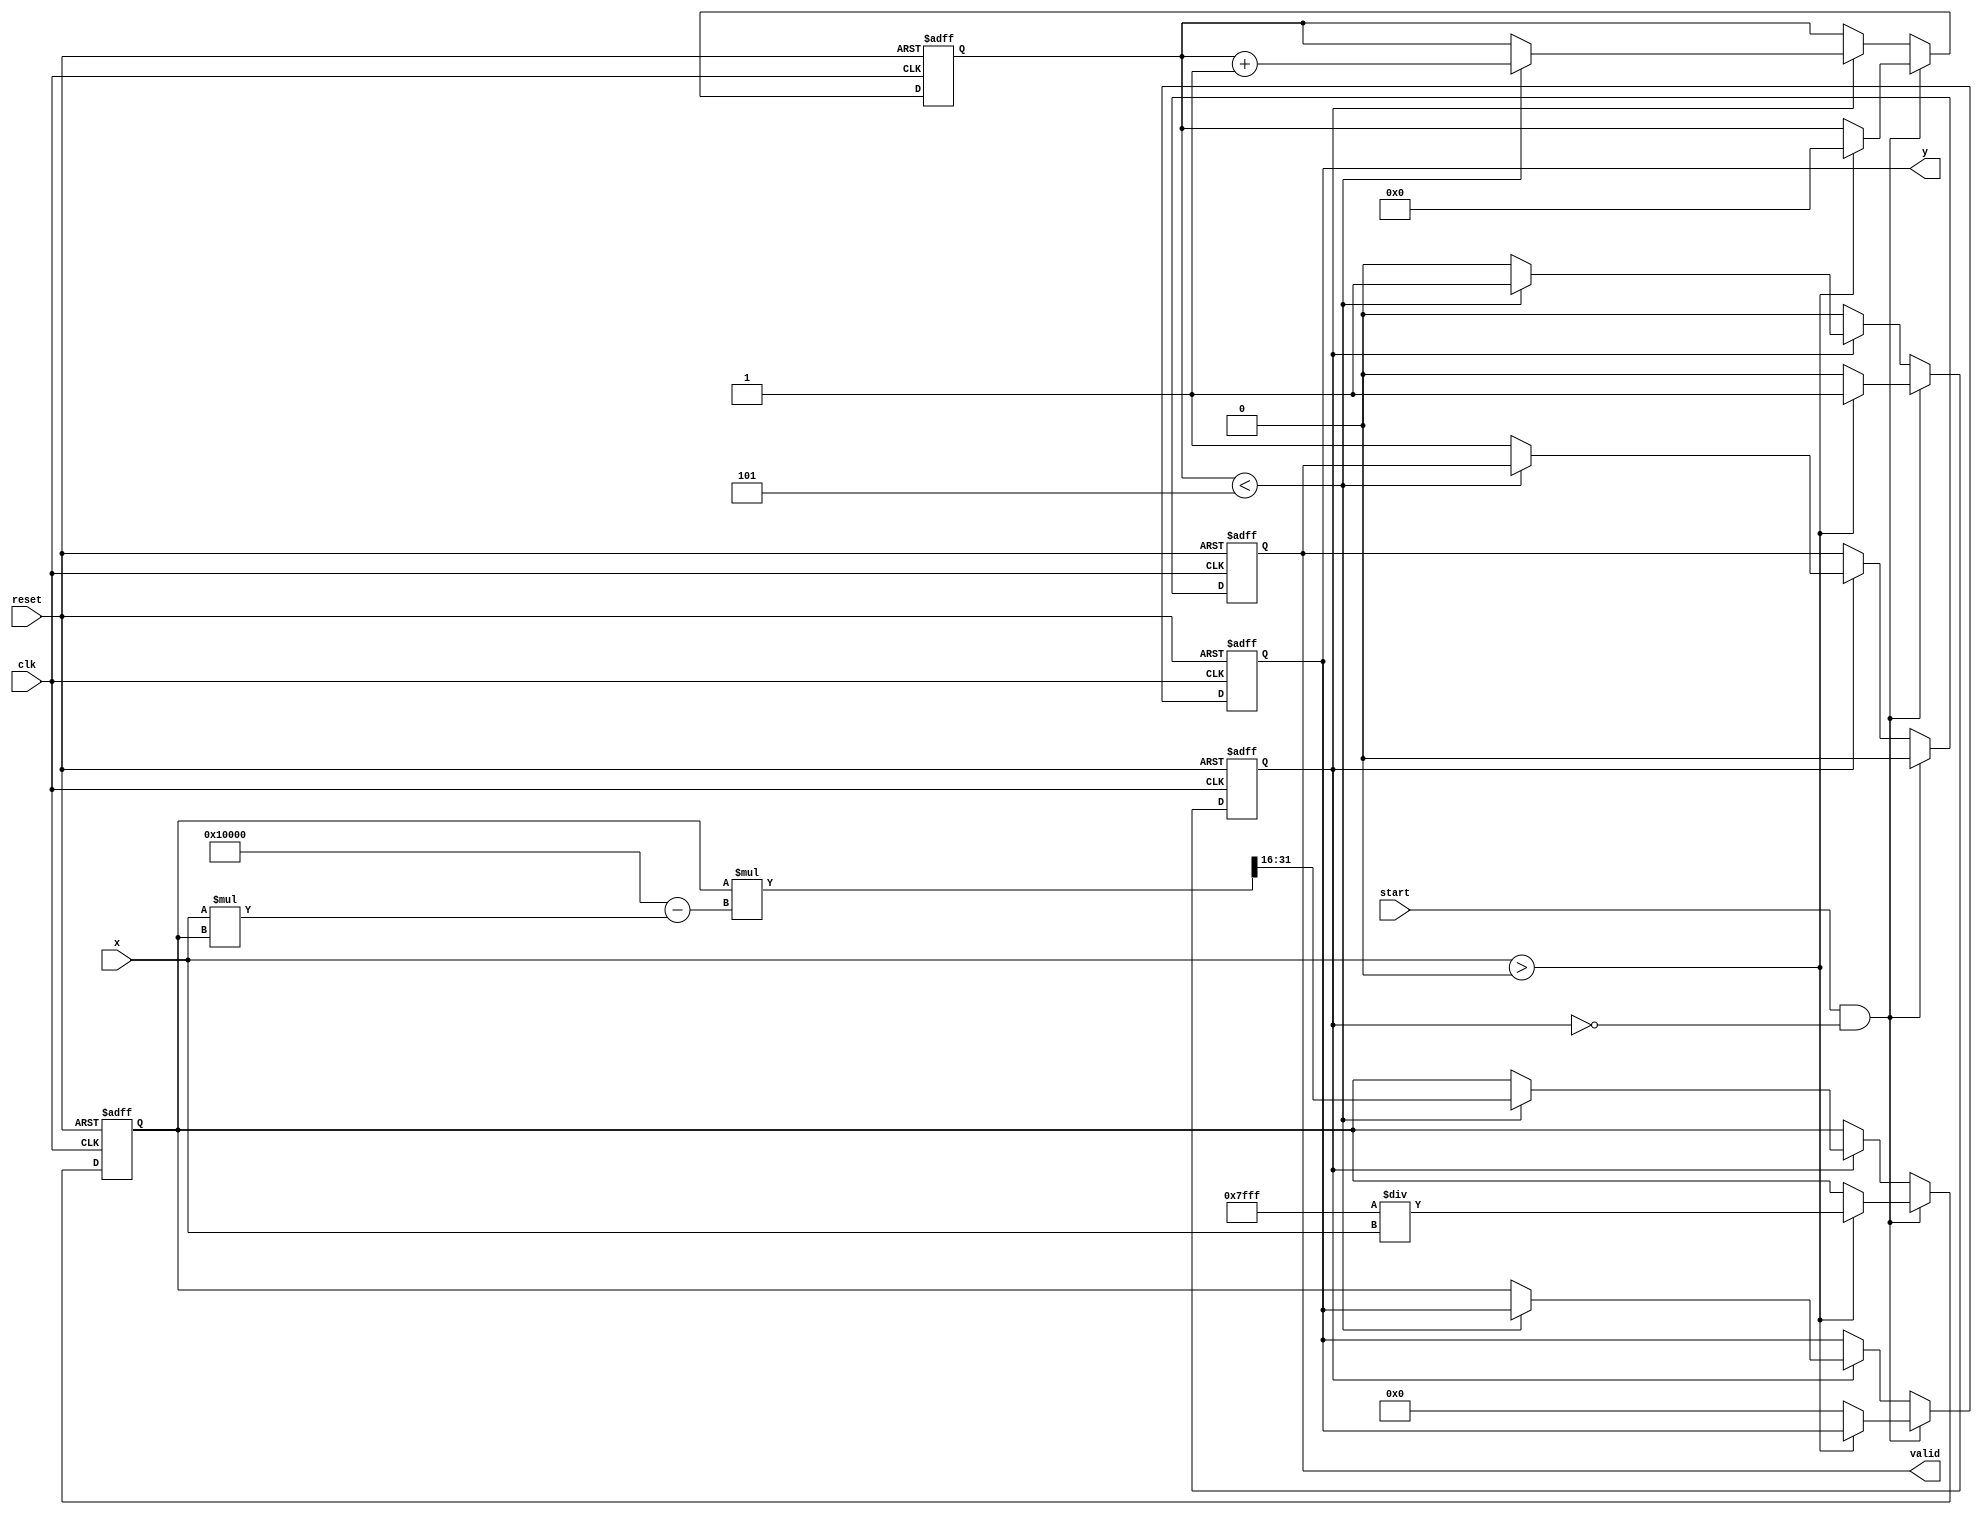
module fixed_point_reciprocal #(
    parameter WIDTH = 16, // Total bits for fixed-point representation
    parameter FRACTIONAL_BITS = 8, // Number of bits for the fractional part
    parameter MAX_ITERATIONS = 5 // Maximum iterations for Newton-Raphson
)(
    input wire clk,
    input wire reset,
    input wire start,
    input wire [WIDTH-1:0] x, // Fixed-point input (x > 0)
    output reg [WIDTH-1:0] y, // Fixed-point output (y = 1/x)
    output reg valid // Output valid signal
);
    
    // Internal signals
    reg [WIDTH-1:0] approximation; // Current approximation of 1/x
    reg [3:0] iteration_count; // Iteration counter
    reg computing; // Flag to indicate computation in progress

    // State Machine for control logic
    always @(posedge clk or posedge reset) begin
        if (reset) begin
            y <= 0;
            valid <= 0;
            approximation <= 0;
            iteration_count <= 0;
            computing <= 0;
        end else begin
            if (start && !computing) begin
                // Start computation
                if (x > 0) begin // Ensure input is valid
                    approximation <= {1'b0, {WIDTH-1{1'b1}}} / x; // Initial approximation (1/x)
                    iteration_count <= 0;
                    computing <= 1;
                    valid <= 0;
                end else begin
                    // Handle invalid input (x <= 0)
                    y <= 0;
                    valid <= 0;
                    computing <= 0;
                end
            end else if (computing) begin
                if (iteration_count < MAX_ITERATIONS) begin
                    // Newton-Raphson iteration: x_n+1 = x_n * (2 - x * x_n)
                    approximation <= approximation * (2**WIDTH - x * approximation) >> WIDTH;
                    iteration_count <= iteration_count + 1;
                end else begin
                    // Computation finished
                    y <= approximation;
                    valid <= 1;
                    computing <= 0;
                end
            end
        end
    end
endmodule